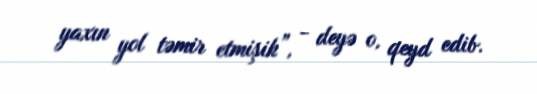
yaxın yol təmir etmişik”, - deyə o, qeyd edib.